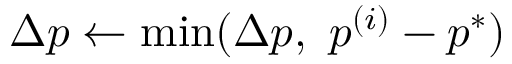
\Delta p \gets \operatorname* { m i n } ( \Delta p , ~ p ^ { ( i ) } - p ^ { * } )